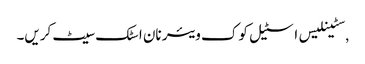
,سٹینلیس اسٹیل کوک ویئر نان اسٹک سیٹ کریں۔